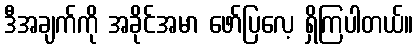
ဒီအချက်ကို အခိုင်အမာ ဖော်ပြလေ့ ရှိကြပါတယ်။